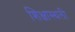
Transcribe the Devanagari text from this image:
शिक्षास्थली